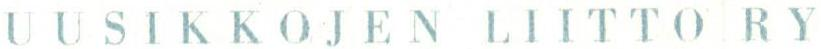
UUSIKKOJEN LIITTO RY